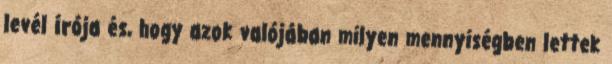
levél írója és, hogy azok valójában milyen mennyiségben lettek